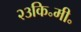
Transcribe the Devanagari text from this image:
२३कि॰मी॰